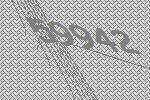
59942